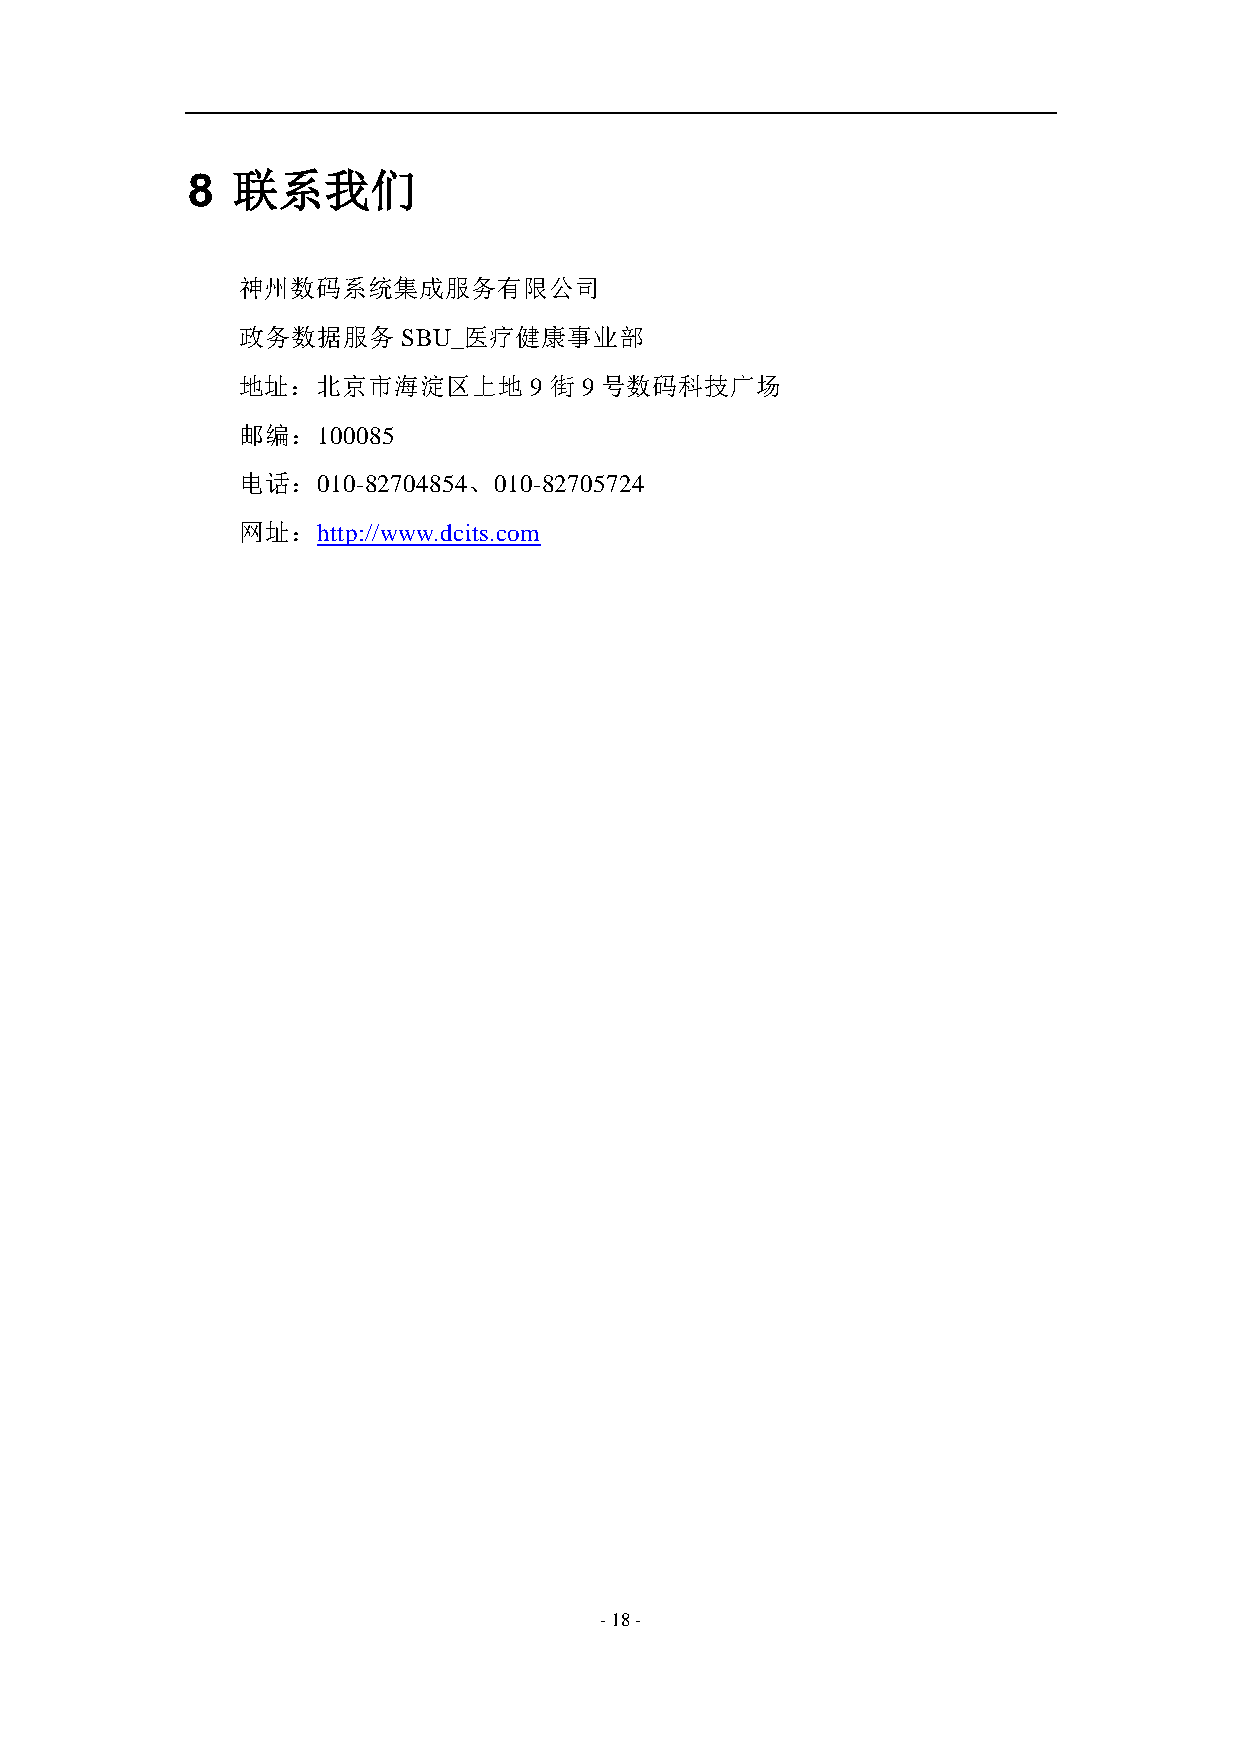
8  联系我们
 神州数码系统集成服务有限公司
 政务数据服务     SBU_医疗健康事业部
 地址：北京市海淀区上地        9 街 9 号数码科技广场
 邮编：100085
 电话：010-82704854、010-82705724
 网址：http://www.dcits.com
 - 18 -